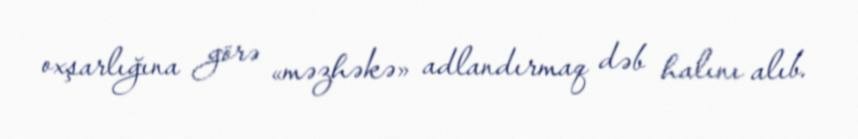
oxşarlığına görə «məzhəkə» adlandırmaq dəb halını alıb.